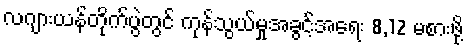
လဂျားယန်တိုက်ပွဲတွင် ကုန်သွယ်မှုအခွင့်အရေး 8,12 မစားဖို့